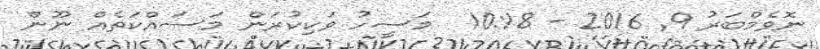
ނޮވެމްބަރު 9